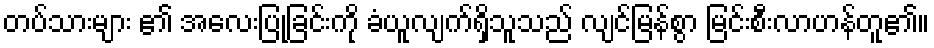
တပ်သားများ ၏ အလေးပြုခြင်းကို ခံယူလျက်ရှိသူသည် လျင်မြန်စွာ မြင်းစီးလာဟန်တူ၏။